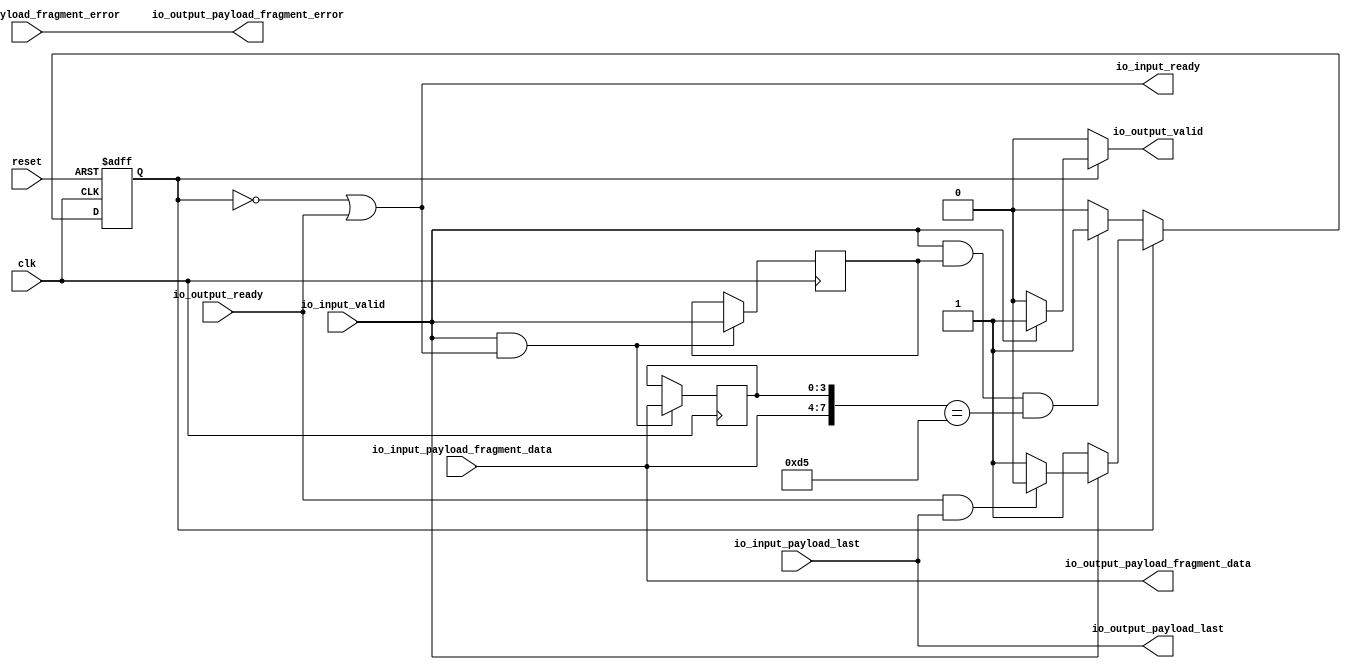
// Generator : SpinalHDL v1.4.3    git head : adf552d8f500e7419fff395b7049228e4bc5de26
// Component : MacRxPreamble
// Git hash  : adf552d8f500e7419fff395b7049228e4bc5de26



module MacRxPreamble (
  input               io_input_valid,
  output              io_input_ready,
  input               io_input_payload_last,
  input               io_input_payload_fragment_error,
  input      [3:0]    io_input_payload_fragment_data,
  output reg          io_output_valid,
  input               io_output_ready,
  output              io_output_payload_last,
  output              io_output_payload_fragment_error,
  output     [3:0]    io_output_payload_fragment_data,
  input               clk,
  input               reset
);
  wire                _zz_11;
  wire                history_0_valid;
  wire                history_0_ready;
  wire                history_0_payload_last;
  wire                history_0_payload_fragment_error;
  wire       [3:0]    history_0_payload_fragment_data;
  wire                history_1_valid;
  wire                history_1_ready;
  wire                history_1_payload_last;
  wire                history_1_payload_fragment_error;
  wire       [3:0]    history_1_payload_fragment_data;
  wire                _zz_1;
  wire                _zz_2;
  wire                _zz_3;
  wire                _zz_4;
  wire       [3:0]    _zz_5;
  reg                 _zz_6;
  reg                 _zz_7;
  reg                 _zz_8;
  reg                 _zz_9;
  reg        [3:0]    _zz_10;
  wire       [7:0]    historyDataCat;
  wire                hit;
  reg                 inFrame;

  assign _zz_11 = (! inFrame);
  assign _zz_1 = io_input_valid;
  assign _zz_2 = io_input_ready;
  assign _zz_3 = io_input_payload_last;
  assign _zz_4 = io_input_payload_fragment_error;
  assign _zz_5 = io_input_payload_fragment_data;
  assign history_0_valid = _zz_1;
  assign history_0_ready = _zz_2;
  assign history_0_payload_last = _zz_3;
  assign history_0_payload_fragment_error = _zz_4;
  assign history_0_payload_fragment_data = _zz_5;
  assign history_1_valid = _zz_6;
  assign history_1_ready = _zz_7;
  assign history_1_payload_last = _zz_8;
  assign history_1_payload_fragment_error = _zz_9;
  assign history_1_payload_fragment_data = _zz_10;
  assign historyDataCat = {history_0_payload_fragment_data,history_1_payload_fragment_data};
  assign hit = ((history_0_valid && history_1_valid) && (historyDataCat == 8'hd5));
  always @ (*) begin
    io_output_valid = 1'b0;
    if(! _zz_11) begin
      if(io_input_valid)begin
        io_output_valid = 1'b1;
      end
    end
  end

  assign io_output_payload_last = io_input_payload_last;
  assign io_output_payload_fragment_error = io_input_payload_fragment_error;
  assign io_output_payload_fragment_data = io_input_payload_fragment_data;
  assign io_input_ready = ((! inFrame) || io_output_ready);
  always @ (posedge clk) begin
    if((io_input_valid && io_input_ready))begin
      _zz_6 <= _zz_1;
      _zz_7 <= _zz_2;
      _zz_8 <= _zz_3;
      _zz_9 <= _zz_4;
      _zz_10 <= _zz_5;
    end
  end

  always @ (posedge clk or posedge reset) begin
    if (reset) begin
      inFrame <= 1'b0;
    end else begin
      if(_zz_11)begin
        if(hit)begin
          inFrame <= 1'b1;
        end
      end else begin
        if(io_input_valid)begin
          if((io_output_ready && io_input_payload_last))begin
            inFrame <= 1'b0;
          end
        end
      end
    end
  end


endmodule